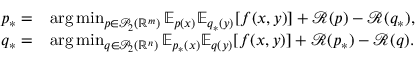
\begin{array} { r l } { p _ { * } = } & { \arg \operatorname* { m i n } _ { p \in \mathcal { P } _ { 2 } ( \mathbb { R } ^ { m } ) } \mathbb { E } _ { p ( x ) } \mathbb { E } _ { q _ { * } ( y ) } [ f ( x , y ) ] + \mathcal { R } ( p ) - \mathcal { R } ( q _ { * } ) , } \\ { q _ { * } = } & { \arg \operatorname* { m i n } _ { q \in \mathcal { P } _ { 2 } ( \mathbb { R } ^ { n } ) } \mathbb { E } _ { p _ { * } ( x ) } \mathbb { E } _ { q ( y ) } [ f ( x , y ) ] + \mathcal { R } ( p _ { * } ) - \mathcal { R } ( q ) . } \end{array}